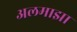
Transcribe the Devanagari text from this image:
अलमाझा